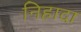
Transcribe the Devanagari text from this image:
निहादा